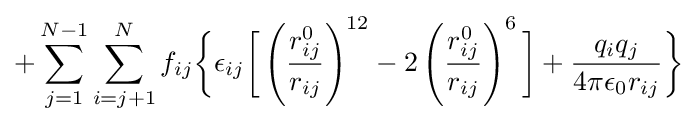
+\sum _{j=1}^{N-1}\sum _{i=j+1}^{N}f_{ij}{\biggl \{}\epsilon _{ij}{\biggl [}\left({\frac {r_{ij}^{0}}{r_{ij}}}\right)^{12}-2\left({\frac {r_{ij}^{0}}{r_{ij}}}\right)^{6}{\biggr ]}+{\frac {q_{i}q_{j}}{4\pi \epsilon _{0}r_{ij}}}{\biggr \}}